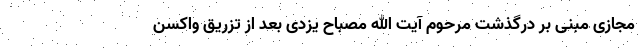
مجازی مبنی بر درگذشت مرحوم آیت الله مصباح یزدی بعد از تزریق واکسن